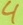
Text: 4